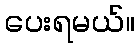
ပေးရမယ်။